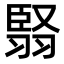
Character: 𮋅